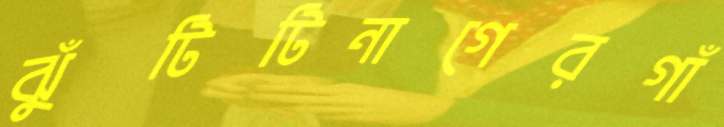
ঝুঁটিটিনাগেরগাঁ